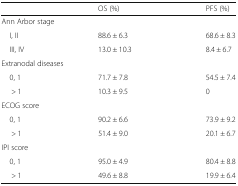
<table><thead><tr><td></td><td><b>OS (%)</b></td><td><b>PFS (%)</b></td></tr></thead><tbody><tr><td colspan="3">Ann Arbor stage</td></tr><tr><td> I, II</td><td>88.6 ± 6.3</td><td>68.6 ± 8.3</td></tr><tr><td> III, IV</td><td>13.0 ± 10.3</td><td>8.4 ± 6.7</td></tr><tr><td colspan="3">Extranodal diseases</td></tr><tr><td> 0, 1</td><td>71.7 ± 7.8</td><td>54.5 ± 7.4</td></tr><tr><td>&gt; 1</td><td>10.3 ± 9.5</td><td>0</td></tr><tr><td colspan="3">ECOG score</td></tr><tr><td> 0, 1</td><td>90.2 ± 6.6</td><td>73.9 ± 9.2</td></tr><tr><td>&gt; 1</td><td>51.4 ± 9.0</td><td>20.1 ± 6.7</td></tr><tr><td colspan="3">IPI score</td></tr><tr><td> 0, 1</td><td>95.0 ± 4.9</td><td>80.4 ± 8.8</td></tr><tr><td>&gt; 1</td><td>49.6 ± 8.8</td><td>19.9 ± 6.4</td></tr></tbody></table>